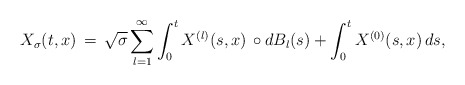
\begin{align*}X_{\sigma}(t,x) \,=\, \sqrt{\sigma}\sum_{l=1}^{\infty}\int_{0}^{t}X^{(l)}(s,x)\,\circ dB_{l}(s)+\int_{0}^{t}X^{(0)}(s,x)\, ds,\end{align*}